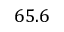
6 5 . 6